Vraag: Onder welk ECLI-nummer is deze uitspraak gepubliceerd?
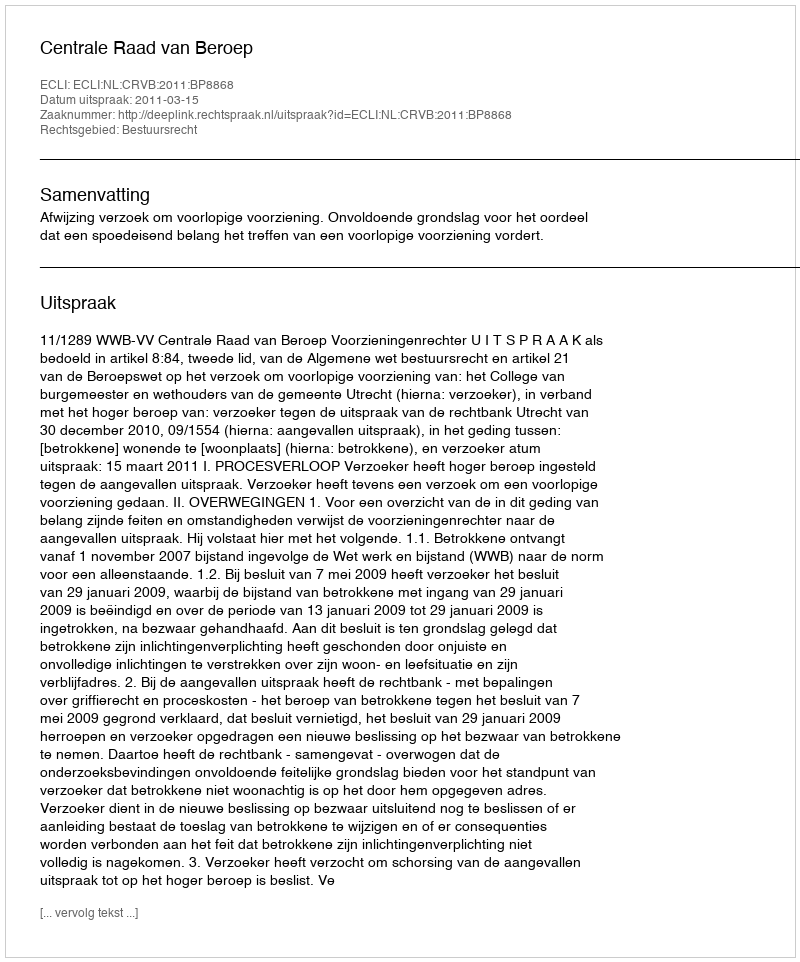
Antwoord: ECLI:NL:CRVB:2011:BP8868